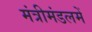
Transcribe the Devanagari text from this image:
मंत्रीमंडलमें